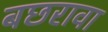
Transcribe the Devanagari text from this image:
बछरावा